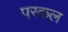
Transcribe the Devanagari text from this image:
परकल